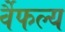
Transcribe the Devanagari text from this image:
र्वैफल्य